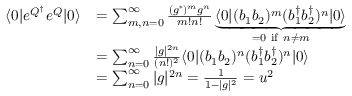
\begin{array} { r l } { \langle 0 | e ^ { Q ^ { \dagger } } e ^ { Q } | 0 \rangle } & { = \sum _ { m , n = 0 } ^ { \infty } \frac { ( g ^ { * } ) ^ { m } g ^ { n } } { m ! n ! } \underbrace { \langle 0 | ( b _ { 1 } b _ { 2 } ) ^ { m } ( b _ { 1 } ^ { \dagger } b _ { 2 } ^ { \dagger } ) ^ { n } | 0 \rangle } _ { = 0 \mathrm { ~ i f ~ } n \ne m } } \\ & { = \sum _ { n = 0 } ^ { \infty } \frac { | g | ^ { 2 n } } { ( n ! ) ^ { 2 } } \langle 0 | ( b _ { 1 } b _ { 2 } ) ^ { n } ( b _ { 1 } ^ { \dagger } b _ { 2 } ^ { \dagger } ) ^ { n } | 0 \rangle } \\ & { = \sum _ { n = 0 } ^ { \infty } | g | ^ { 2 n } = \frac { 1 } { 1 - | g | ^ { 2 } } = u ^ { 2 } } \end{array}